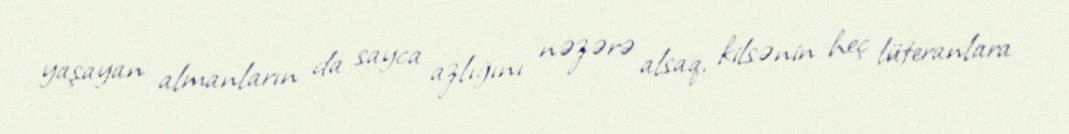
yaşayan almanların da sayca azlığını nəzərə alsaq, kilsənin heç lüteranlara